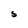
Character: S